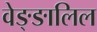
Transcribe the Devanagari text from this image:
वेङ्ङालिल